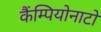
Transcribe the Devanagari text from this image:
कैंम्पियोनाटो